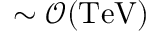
\sim \mathcal { O } ( \mathrm { T e V } )